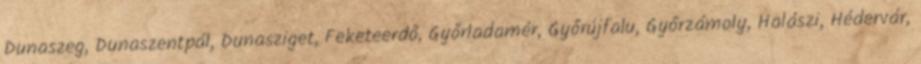
Dunaszeg, Dunaszentpál, Dunasziget, Feketeerdő, Győrladamér, Győrújfalu, Győrzámoly, Halászi, Hédervár,